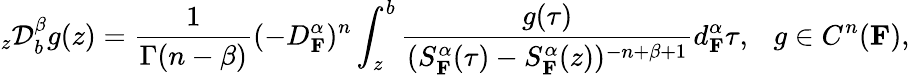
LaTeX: _{z}\mathcal{D}_{b}^{\beta}g(z)=\frac{1}{\Gamma(n-\beta)}(-D_{\mathbf{F}}^{\alpha})^{n}\int_{z}^{b}\frac{g(\tau)}{(S_{\mathbf{F}}^{\alpha}(\tau)-S_{\mathbf{F}}^{\alpha}(z))^{-n+\beta+1}}d_{\mathbf{F}}^{\alpha}\tau,~~~g\in C^{n}(\mathbf{F}),